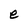
Character: e